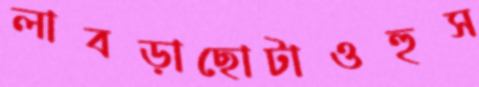
লাবড়াছোটাওহুস